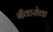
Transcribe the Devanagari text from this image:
बँकसेवा